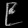
Digit: ၉